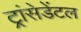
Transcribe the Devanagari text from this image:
ट्रांसेडेंटल